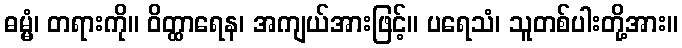
ဓမ္မံ၊ တရားကို။ ဝိတ္ထာရေန၊ အကျယ်အားဖြင့်။ ပရေသံ၊ သူတစ်ပါးတို့အား။